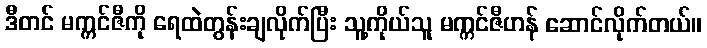
ဒီတင် မက္ကင်ဇီကို ရေထဲတွန်းချလိုက်ပြီး သူ့ကိုယ်သူ မက္ကင်ဇီဟန် ဆောင်လိုက်တယ်။